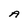
Character: A